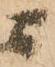
ニ